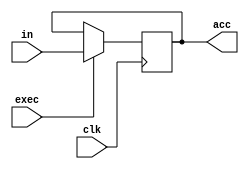
module accumulator (in, acc, clk, exec);

input [7:0] in;
input clk, exec;
output [7:0] acc;
reg [7:0] acc;

always@(posedge clk) begin
  if(exec)
    acc = in;
  end
endmodule